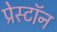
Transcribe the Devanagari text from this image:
प्रेस्टॉन